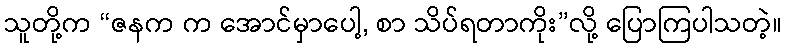
သူတို့က “ဇနက က အောင်မှာပေါ့, စာ သိပ်ရတာကိုး”လို့ ပြောကြပါသတဲ့။